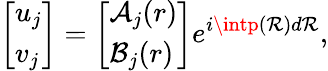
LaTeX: \left[\begin{array}{l}{u_{j}}\\ {v_{j}}\end{array}\right]=\left[\begin{array}{l}{\mathcal{A}_{j}(r)}\\ {\mathcal{B}_{j}(r)}\end{array}\right]e^{i\intp(\mathcal{R})d\mathcal{R}},